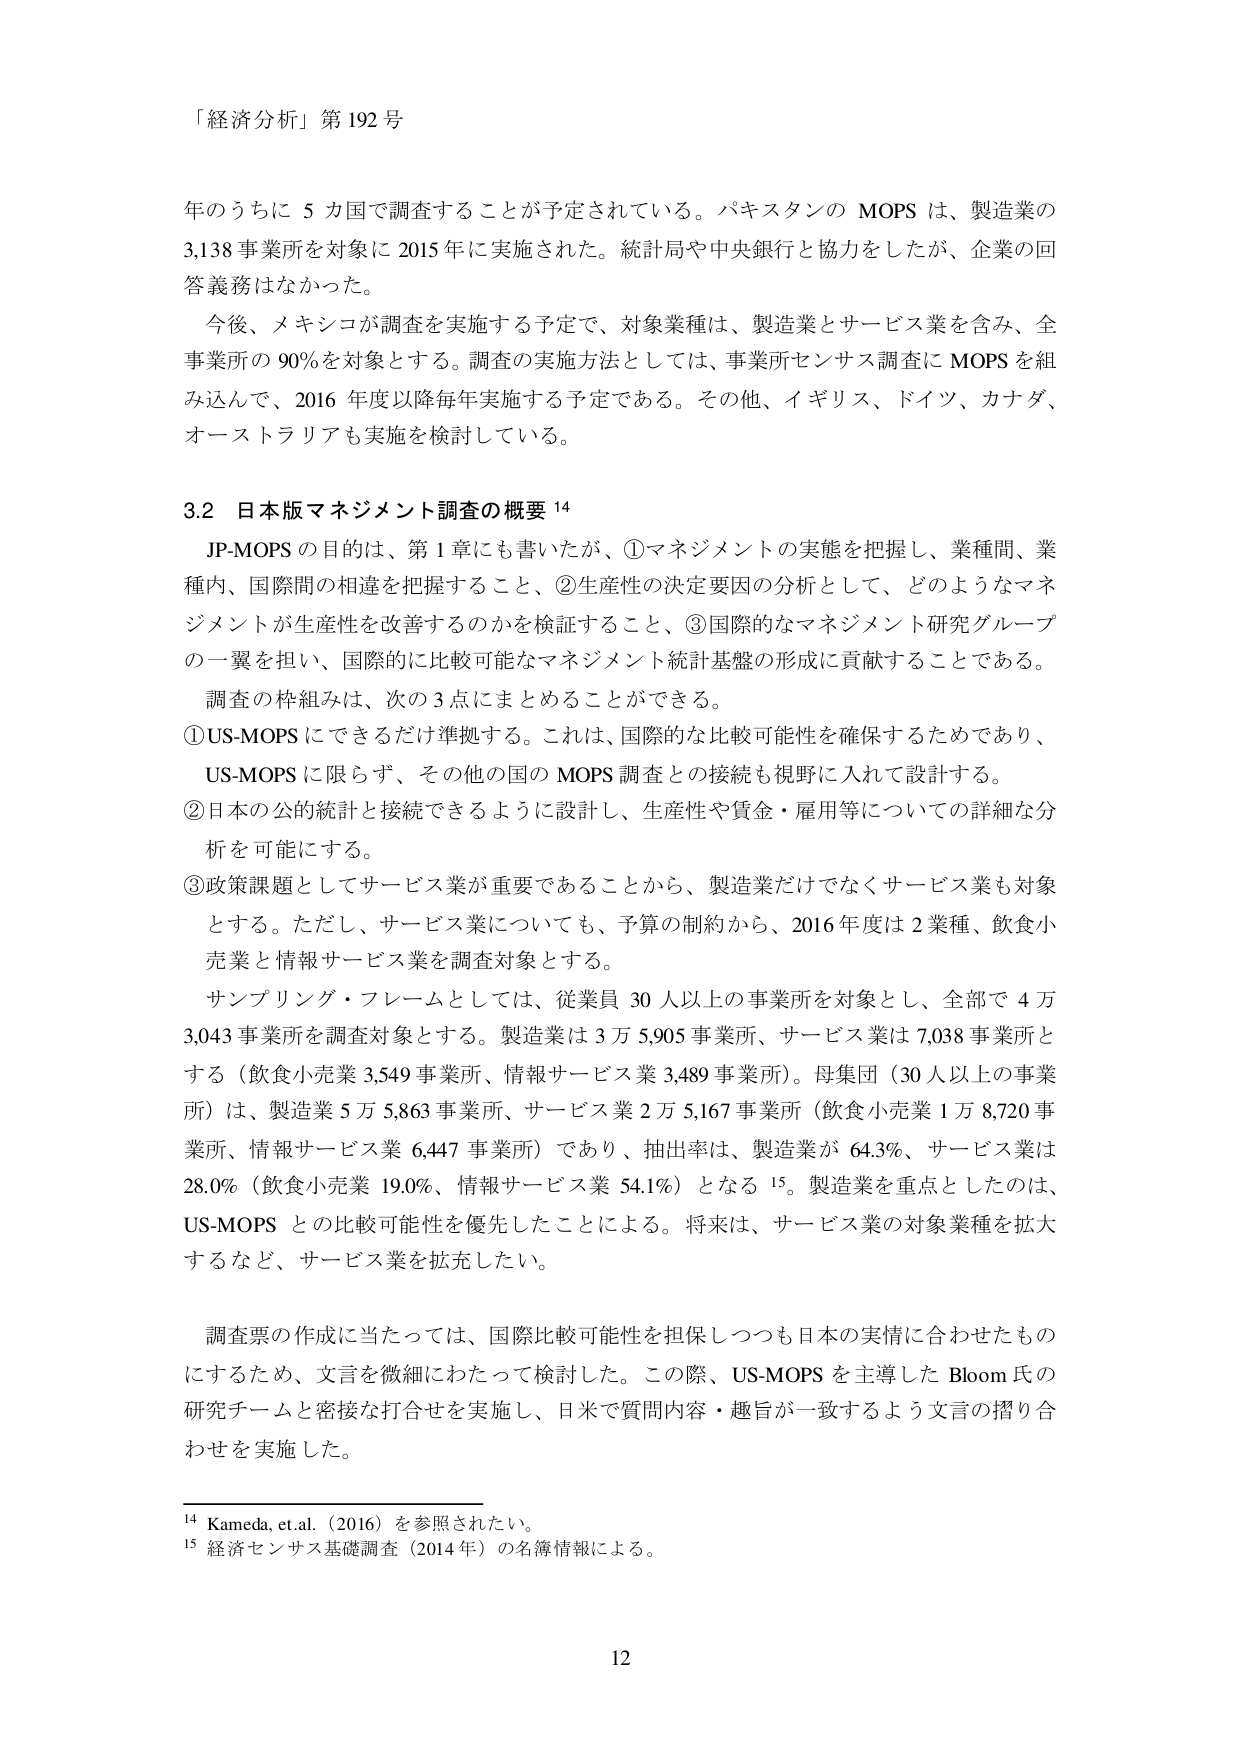
「経済分析」第192号

年のうちに5カ国で調査することが予定されている。パキスタンのMOPSは、製造業の3,138事業所を対象に2015年に実施された。統計局や中央銀行と協力をしたが、企業の回答義務はなかった。

今後、メキシコが調査を実施する予定で、対象業種は、製造業とサービス業を含み、全事業所の90％を対象とする。調査の実施方法としては、事業所センサス調査にMOPSを組み込んで、2016年度以降毎年実施する予定である。その他、イギリス、ドイツ、カナダ、オーストラリアも実施を検討している。

3.2 日本版マネジメント調査の概要¹⁴

JP-MOPSの目的は、第1章にも書いたが、①マネジメントの実態を把握し、業種間、業種内、国際間の相違を把握すること、②生産性の決定要因の分析として、どのようなマネジメントが生産性を改善するのかを検証すること、③国際的なマネジメント研究グループの一翼を担い、国際的に比較可能なマネジメント統計基盤の形成に貢献することである。

調査の枠組みは、次の3点にまとめることができる。

①US-MOPSにできるだけ準拠する。これは、国際的な比較可能性を確保するためであり、US-MOPSに限らず、その他の国のMOPS調査との接続も視野に入れて設計する。

②日本の公的統計と接続できるように設計し、生産性や賃金・雇用等についての詳細な分析を可能にする。

③政策課題としてサービス業が重要であることから、製造業だけでなくサービス業も対象とする。ただし、サービス業についても、予算の制約から、2016年度は2業種、飲食小売業と情報サービス業を調査対象とする。

サンプリング・フレームとしては、従業員30人以上の事業所を対象とし、全部で4万3,043事業所を調査対象とする。製造業は3万5,905事業所、サービス業は7,038事業所とする（飲食小売業3,549事業所、情報サービス業3,489事業所）。母集団（30人以上の事業所）は、製造業5万5,863事業所、サービス業2万5,167事業所（飲食小売業1万8,720事業所、情報サービス業6,447事業所）であり、抽出率は、製造業が64.3％、サービス業は28.0％（飲食小売業19.0％、情報サービス業54.1％）となる¹⁵。製造業を重点としたのは、US-MOPSとの比較可能性を優先したことによる。将来は、サービス業の対象業種を拡大するなど、サービス業を拡充したい。

調査票の作成に当たっては、国際比較可能性を担保しつつも日本の実情に合わせたものにするため、文言を微細にわたって検討した。この際、US-MOPSを主導したBloom氏の研究チームと密接な打合せを実施し、日米で質問内容・趣旨が一致するよう文言の摺り合わせを実施した。

¹⁴ Kameda, et.al.（2016）を参照されたい。

¹⁵ 経済センサス基礎調査（2014年）の名簿情報による。

12